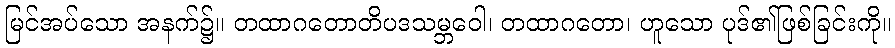
မြင်အပ်သော အနက်၌။ တထာဂတောတိပဒသမ္ဘဝေါ၊ တထာဂတော၊ ဟူသော ပုဒ်၏ဖြစ်ခြင်းကို။